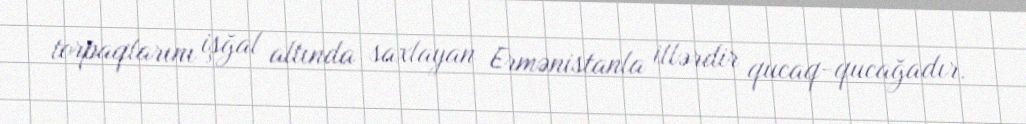
torpaqlarını işğal altında saxlayan Ermənistanla illərdir qucaq-qucağadır.